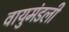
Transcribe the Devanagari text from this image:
वायुमंडली